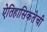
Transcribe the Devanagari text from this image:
ऐतिहासिकतेची